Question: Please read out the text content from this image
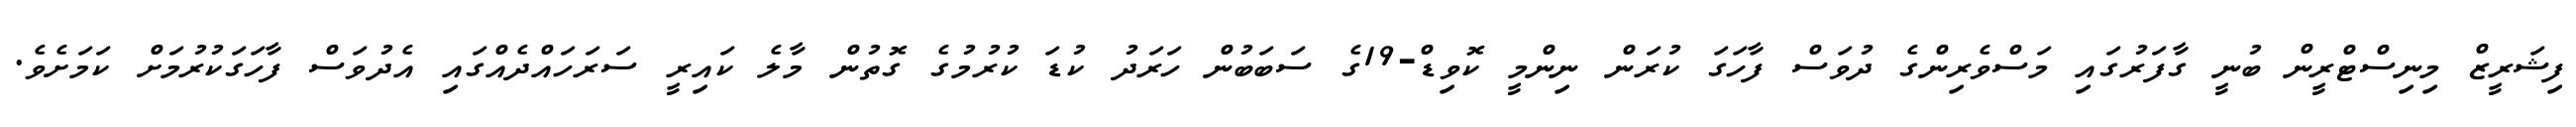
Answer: ފިޝަރީޒް މިނިސްޓްރީން ބުނީ ގާފަރުގައި މަސްވެރިންގެ ދުވަސް ފާހަގަ ކުރަން ނިންމީ ކޮވިޑް-19ގެ ސަބަބުން ހަރަދު ކުޑަ ކުރުމުގެ ގޮތުން މާލެ ކައިރީ ސަރަހައްދެއްގައި އެދުވަސް ފާހަގަކުރުމަށް ކަމަށެވެ.